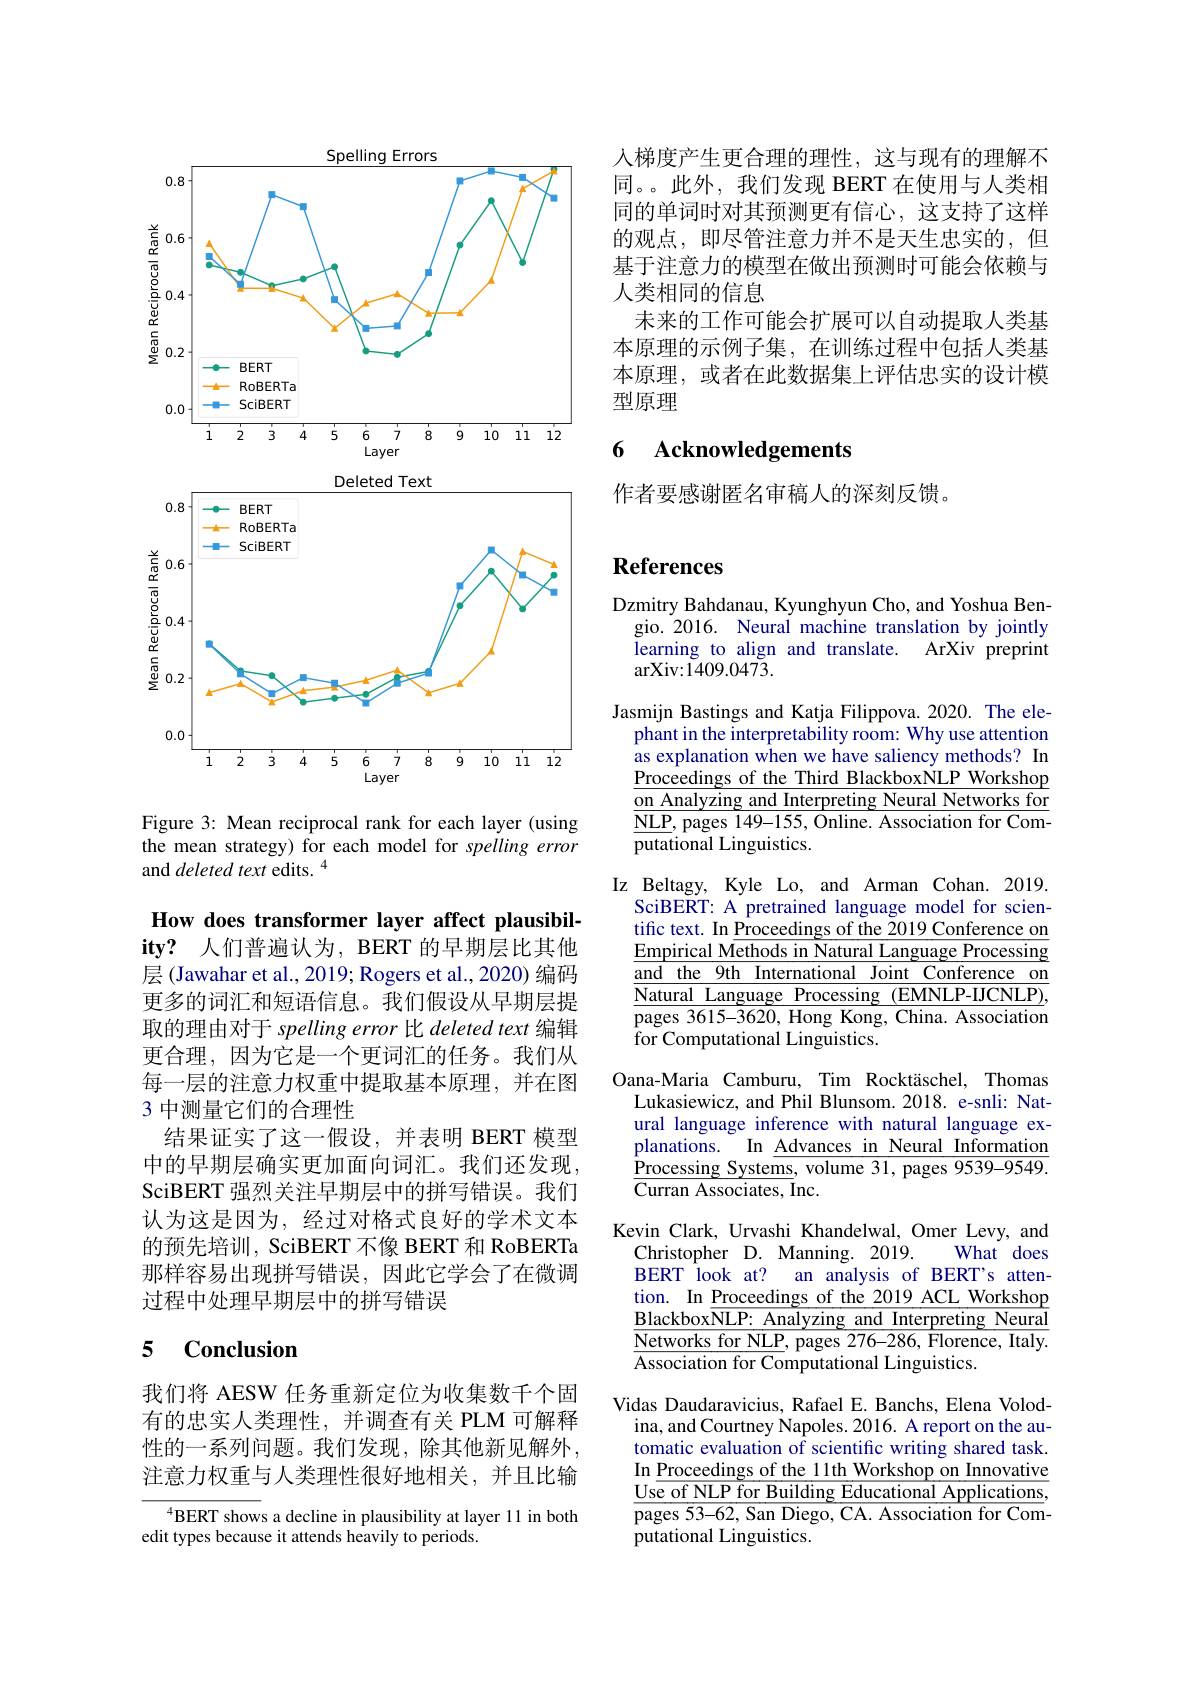
<FigureHere>

Figure 3: Mean reciprocal rank for each layer (using the mean strategy) for each model for spelling error and deleted text edits. 4

How does transformer layer affect plausibil- $\mathbf{ity?}$人们普遍认为，BERT 的早期层比其他层 (Jawahar et al., 2019; Rogers et al., 2020) 编码更多的词汇和短语信息。我们假设从早期层提取的理由对于 spelling error 比 deleted text 编辑更合理，因为它是一个更词汇的任务。我们从每一层的注意力权重中提取基本原理，并在图3 中测量它们的合理性
结果证实了这一假设，并表明 BERT 模型中的早期层确实更加面向词汇。我们还发现SciBERT 强烈关注早期层中的拼写错误。我们认为这是因为，经过对格式良好的学术文本的预先培训，SciBERT 不像 BERT 和 RoBERTa 那样容易出现拼写错误，因此它学会了在微调过程中处理早期层中的拼写错误

# 5 Conclusion

我们将 AESW 任务重新定位为收集数千个固有的忠实人类理性，并调查有关 PLM 可解释性的一系列问题。我们发现，除其他新见解外， 注意力权重与人类理性很好地相关，并且比输

$^{4}$BERT shows a decline in plausibility at layer 11 in both
edit types because it attends heavily to periods.

入梯度产生更合理的理性，这与现有的理解不同。。此外，我们发现 BERT 在使用与人类相同的单词时对其预测更有信心，这支持了这样的观点，即尽管注意力并不是天生忠实的，但基于注意力的模型在做出预测时可能会依赖与人类相同的信息
未来的工作可能会扩展可以自动提取人类基本原理的示例子集，在训练过程中包括人类基本原理，或者在此数据集上评估忠实的设计模型原理

### 6 $\textbf{Acknowledgements}$

作者要感谢匿名审稿人的深刻反馈。

# References

Dzmitry Bahdanau, Kyunghyun Cho, and Yoshua Ben-
gio. 2016. Neural machine translation by jointly learning to align and translate. ArXiv preprint arXiv: 1409. 0473.
Jasmijn Bastings and Katja Filippova. 2020. The ele-
phant in the interpretability room: Why use attention as explanation when we have saliency methods? In $\underline{\text{Proceedings of the Third BlackboxNLP Workshop}}$ $\underline{\text{on Analyzing and Interpreting Neural Networks for}}$ $\overline{\mathrm{NLP,~pages~149-155,~Online.~Association~for~Com-}}$ putational Linguistics.
Iz Beltagy, Kyle Lo, and Arman Cohan. 2019.
SciBERT: A pretrained language model for scientific text. In $\underline{\text{Proceedings of the 2019 Conference on}}$ $\underline{\text{Empirical Methods in Natural Language Processing}}$ and the 9th International Joint Conference on $\underline{\overline{\text{Natural Language Processing (EMNLP-IJCNLP),}}}$ $\overline{\text{pages 3615-3620, Hong Kong, China. Association}}$ for Computational Linguistics.
Oana-Maria Camburu, Tim Rocktäschel, Thomas
Lukasiewicz, and Phil Blunsom. 2018. e-snli: Natural language inference with natural language explanations. In Advances in Neural Informatiom $\frac{\mathrm{Processing~Systems,~volume~31,~pages~9539-9549.}}{\mathrm{Processing~Systems,~volume~31,~pages~9539-9549.}}$ Curran Associates, Inc.
Kevin Clark, Urvashi Khandelwal, Omer Levy, and
Christopher D. Manning. 2019.
What does
BERT look at? an analysis of BERT's attention. In Proceedings of the 2019 ACL Workshop $\frac{\text{Blackbox}\overline{\text{NLP: Analyzing and Interpreting Neural}}}{222}$ $\overline{{\mathrm{Networks~for~NLP}},\mathrm{~pages~276-286,~Florence,~Italy.}}$ $\overline{\text{Association for Computational Linguistics.}}$
Vidas Daudaravicius, Rafael E. Banchs, Elena Volod-
ina, and Courtney Napoles. 2016. A report on the automatic evaluation of scientific writing shared task. In Proceedings of the 11th Workshop on Innovative $\underline{\text{Use of NLP for Building Educational Applications}}$, $\overline{\text{pages 53-62, San Diego, CA. Association for Com}}-$ putational Linguistics.